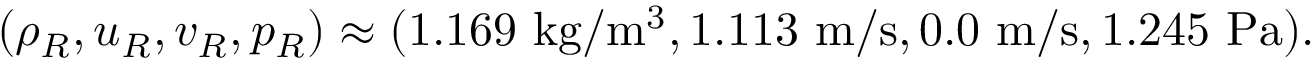
( \rho _ { R } , u _ { R } , v _ { R } , p _ { R } ) \approx ( 1 . 1 6 9 \mathrm { ~ k g } / \mathrm { m } ^ { 3 } , 1 . 1 1 3 \mathrm { ~ m } / \mathrm { s } , 0 . 0 \mathrm { ~ m } / \mathrm { s } , 1 . 2 4 5 \mathrm { ~ P a } ) .